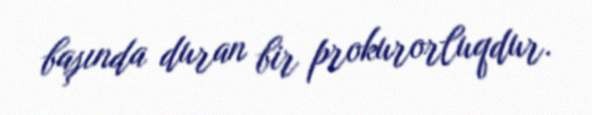
başında duran bir prokurorluqdur.